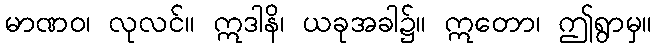
မာဏဝ၊ လုလင်။ ဣဒါနိ၊ ယခုအခါ၌။ ဣတော၊ ဤရွာမှ။